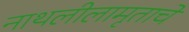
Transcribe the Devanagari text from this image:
नाथलीलामृताचे